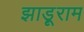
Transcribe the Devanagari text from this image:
झाड़ूराम